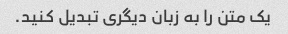
یک متن را به زبان دیگری تبدیل کنید.